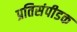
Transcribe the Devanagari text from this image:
प्रतिसंपीडक